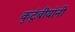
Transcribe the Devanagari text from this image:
कुटूंबीयांनी